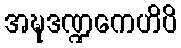
အဍ္ဎဒဏ္ဍကေဟိပိ